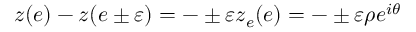
z ( e ) - z ( e \pm \varepsilon ) = - \pm \varepsilon z _ { e } ( e ) = - \pm \varepsilon \rho e ^ { i \theta }